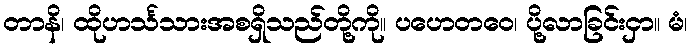
တာနိ၊ ထိုဟင်္သသားအစရှိသည်တို့ကို။ ပဟေတဝေ၊ ပို့လာခြင်းငှာ။ မံ၊